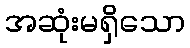
အဆုံးမရှိသော